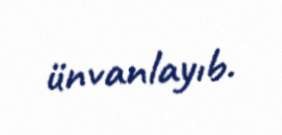
ünvanlayıb.